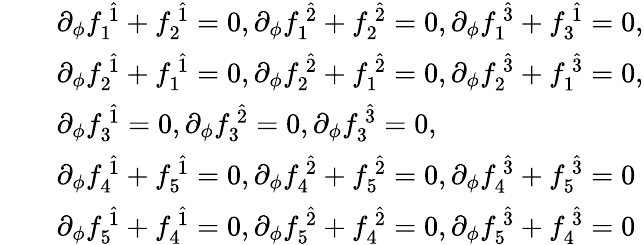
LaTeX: \begin{array}{rl}&{\begin{array}{rl}&{\partial_{\phi}f_{1}^{~\hat{1}}+f_{2}^{~\hat{1}}=0,\partial_{\phi}f_{1}^{~\hat{2}}+f_{2}^{~\hat{2}}=0,\partial_{\phi}f_{1}^{~\hat{3}}+f_{3}^{~\hat{1}}=0,}\\ &{\partial_{\phi}f_{2}^{~\hat{1}}+f_{1}^{~\hat{1}}=0,\partial_{\phi}f_{2}^{~\hat{2}}+f_{1}^{~\hat{2}}=0,\partial_{\phi}f_{2}^{~\hat{3}}+f_{1}^{~\hat{3}}=0,}\\ &{\partial_{\phi}f_{3}^{~\hat{1}}=0,\partial_{\phi}f_{3}^{~\hat{2}}=0,\partial_{\phi}f_{3}^{~\hat{3}}=0,}\\ &{\partial_{\phi}f_{4}^{~\hat{1}}+f_{5}^{~\hat{1}}=0,\partial_{\phi}f_{4}^{~\hat{2}}+f_{5}^{~\hat{2}}=0,\partial_{\phi}f_{4}^{~\hat{3}}+f_{5}^{~\hat{3}}=0}\\ &{\partial_{\phi}f_{5}^{~\hat{1}}+f_{4}^{~\hat{1}}=0,\partial_{\phi}f_{5}^{~\hat{2}}+f_{4}^{~\hat{2}}=0,\partial_{\phi}f_{5}^{~\hat{3}}+f_{4}^{~\hat{3}}=0}\end{array}}\end{array}